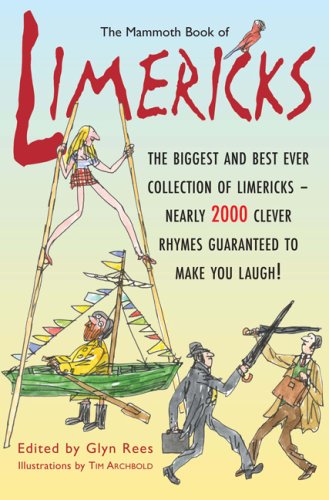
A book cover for The Mammoth Book of Limericks; Glyn Rees; Humor & Entertainment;